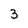
Character: 3